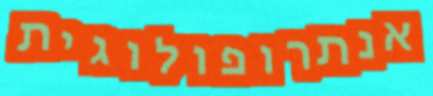
אנתרופולוגית